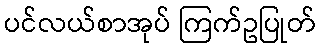
ပင်လယ်စာအုပ် ကြက်ဥပြုတ်